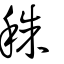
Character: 秼